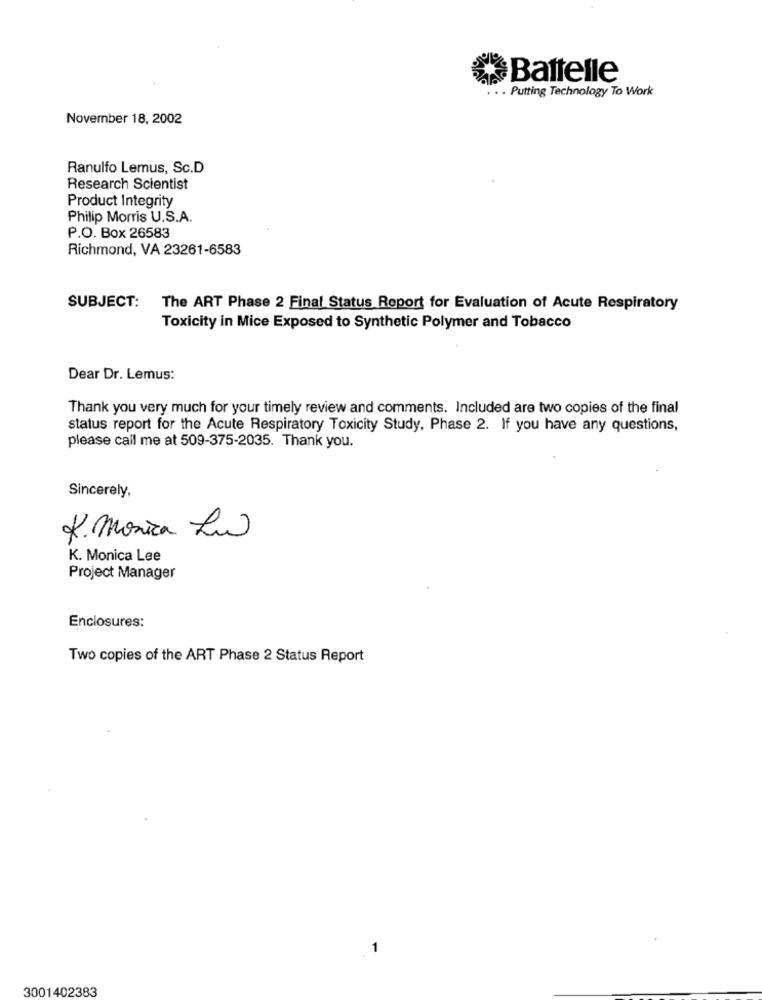
Battelle
. Putting Technology To Work
November 18, 2002
Ranulfo Lemus, Sc.D
Research Scientist
Product Integrity
Philip Morris U.S.A.
P.O. Box 26583
Richmond, VA 23261-6583
SUBJECT:
The ART Phase 2 Final Status Report for Evaluation of Acute Respiratory
Toxicity in Mice Exposed to Synthetic Polymer and Tobacco
Dear Dr. Lemus:
Thank you very much for your timely review and comments. Included are two copies of the final
status report for the Acute Respiratory Toxicity Study, Phase 2. If you have any questions,
please call me at 509-375-2035. Thank you.
Sincerely,
2.monica La
K. Monica Lee
Project Manager
Enclosures:
Two copies of the ART Phase 2 Status Report
3001402383